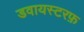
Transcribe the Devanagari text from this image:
डवायस्टरफ़